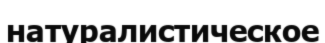
натуралистическое